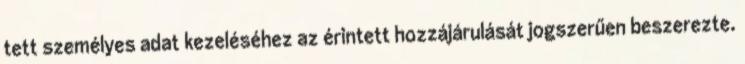
tett személyes adat kezeléséhez az érintett hozzájárulását jogszerűen beszerezte.